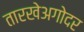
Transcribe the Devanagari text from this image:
तारखेअगोदर